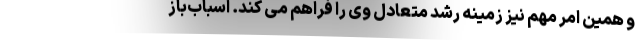
و همین امر مهم نیز زمینه رشد متعادل وی را فراهم می کند. اسباب‌باز